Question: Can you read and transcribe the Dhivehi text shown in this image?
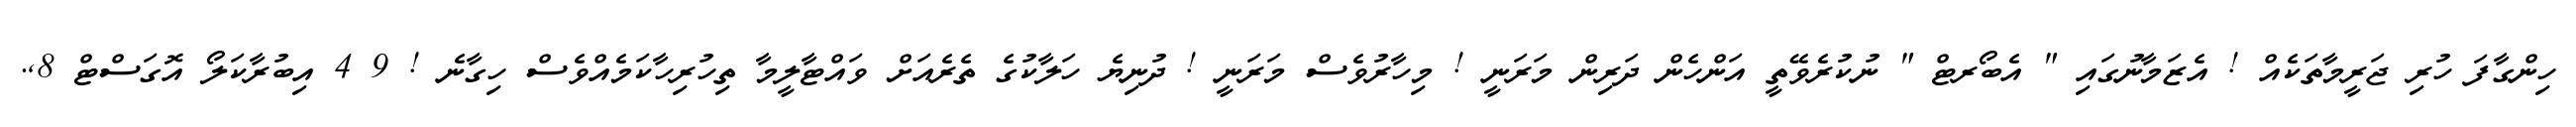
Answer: ހިންގާފަ ހުރި ޖަރީމާތަކެއް ! އެޒަމާނުގައި " އެބޯރޓް " ނުކުރެވޭތީ އަންހެން ދަރިން މަރަނީ ! މިހާރުވެސް މަރަނީ ! ދުނިޔެ ހަލާކުގެ ތެރެއަށް ވައްޓާލީމާ ތިހުރިހާކަމެއްވެސް ހިގާނެ ! 9 4 އިބުރާކަލޯ އޮގަސްޓް 8,.